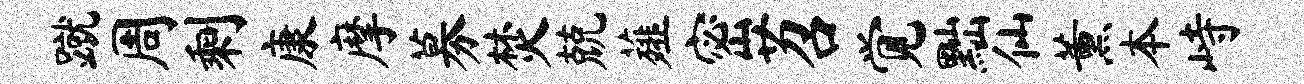
蹴周剩康摩募焚兢薤密苕觉黜仙薰本峙